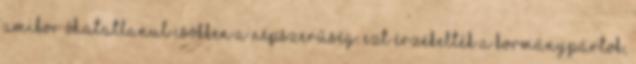
amikor óhatatlanul csökken a népszerűség. Ezt érzékelték a kormánypártok,